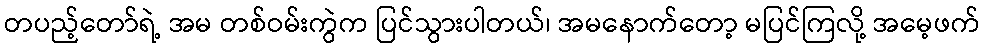
တပည့်တော်ရဲ့ အမ တစ်ဝမ်းကွဲက ပြင်သွားပါတယ်၊ အမနောက်တော့ မပြင်ကြလို့ အမေ့ဖက်